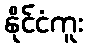
နိုင်ငံကူး